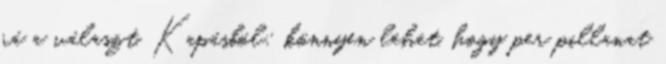
rá a választ. Kapásból: könnyen lehet, hogy per pillanat